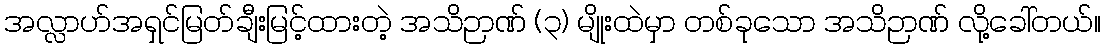
အလ္လာဟ်အရှင်မြတ်ချီးမြင့်ထားတဲ့ အသိဉာဏ် (၃) မျိုးထဲမှာ တစ်ခုသော အသိဉာဏ် လို့ခေါ်တယ်။